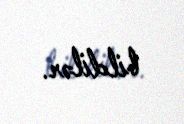
bildilər.